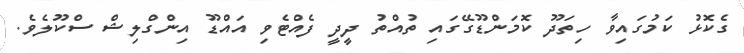
ގެކޮޅު ކަމުގައިވާ ހިތަދޫ ކޮމަންޑޫގޭގައި ތުއްތު ދީދީ ފެއްޓެވި އައްޑޫ އިންގްލިޝް ސްކޫލެވެ.